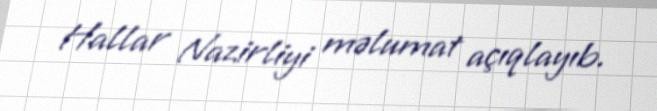
Hallar Nazirliyi məlumat açıqlayıb.